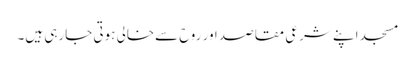
مسجد اپنے شرعی مقاصد اور روح سےخالی ہوتی جارہی ہیں۔